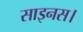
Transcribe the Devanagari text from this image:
साइनस।